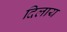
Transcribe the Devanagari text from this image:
दिलाय